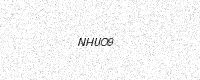
Text: NHUO9